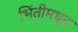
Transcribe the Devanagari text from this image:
भिंतीमधून